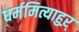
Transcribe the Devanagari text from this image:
धर्ममित्याहुऱ्